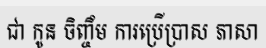
ជា កូន ចិញ្ចឹម ការប្រើប្រាស ភាសា